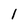
Character: 1